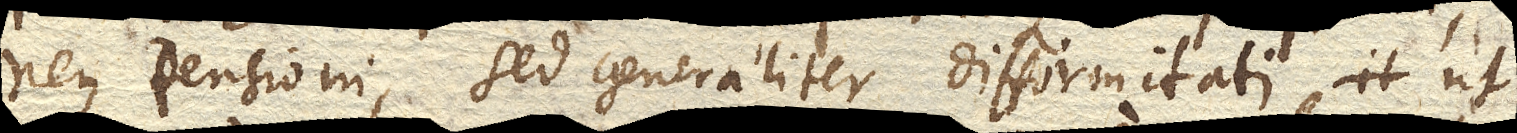
neque tensioni, sed generaliter difformitati ut